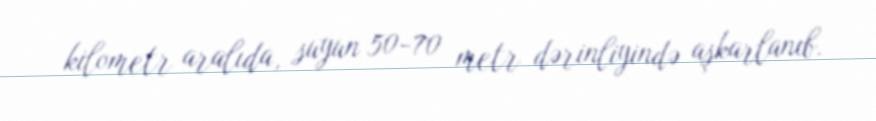
kilometr aralıda, suyun 50-70 metr dərinliyində aşkarlanıb.